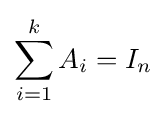
\sum _{i=1}^{k}A_{i}=I_{n}